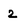
Character: 2